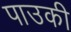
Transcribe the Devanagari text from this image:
पाउकी